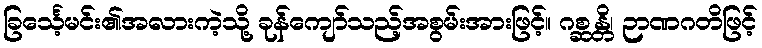
ခြင်္သေ့မင်း၏အလားကဲ့သို့ ခုန်ကျော်သည့်အစွမ်းအားဖြင့်။ ဂစ္ဆန္တိ၊ ဉာဏဂတိဖြင့်